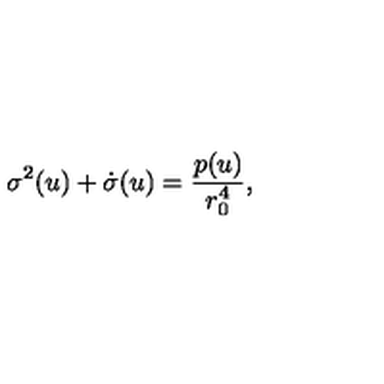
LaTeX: \sigma ^ { 2 } ( u ) + \dot { \sigma } ( u ) = \frac { p ( u ) } { r _ { 0 } ^ { 4 } } ,